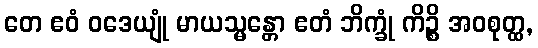
တေ ဧဝံ ဝဒေယျုံ မာယသ္မန္တော ဧတံ ဘိက္ခုံ ကိဉ္စိ အဝစုတ္ထ,